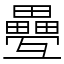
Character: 疉